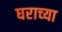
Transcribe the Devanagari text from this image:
घराच्‍या